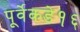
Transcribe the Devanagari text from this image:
पूर्वेकडे१६